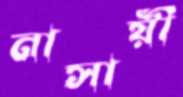
নাসায়ী